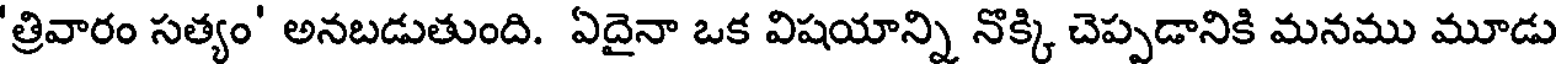
'త్రివారం సత్యం' అనబడుతుంది. ఏదైనా ఒక విషయాన్ని నొక్కి చెప్పడానికి మనము మూడు